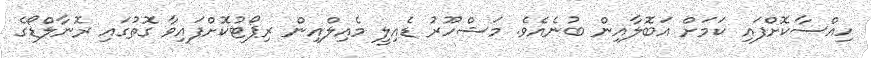
ހިއްސާކޮށްފައި ކަމަށް އަބޮލާއިން ބުނެއެވެ. މަޝްހޫރު ޑެއިލީ މެއިލްއިން ރިޕޯޓުކޮށްފައިވާ ގޮތުގައި ރޮނާލްޑޯގެ